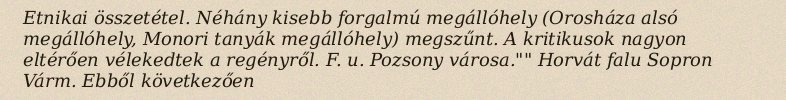
Etnikai összetétel. Néhány kisebb forgalmú megállóhely (Orosháza alsó megállóhely, Monori tanyák megállóhely) megszűnt. A kritikusok nagyon eltérően vélekedtek a regényről. F. u. Pozsony városa."" Horvát falu Sopron Várm. Ebből következően